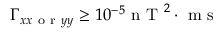
\Gamma _ { x x \mathrm { ~ o ~ r ~ } y y } \geq 1 0 ^ { - 5 } \mathrm { ~ n ~ T ~ } ^ { 2 } \cdot \mathrm { ~ m ~ s ~ }